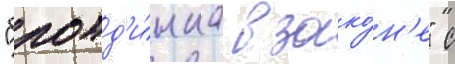
"блонд'и́нка в зако́н'е" с